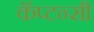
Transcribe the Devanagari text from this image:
कॅप्टन्सी